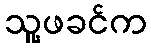
သူ့ဖခင်က